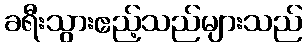
ခရီးသွားဧည့်သည်များသည်